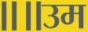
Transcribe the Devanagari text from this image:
॥॥उम